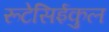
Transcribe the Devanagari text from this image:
रूटेसिईकुल